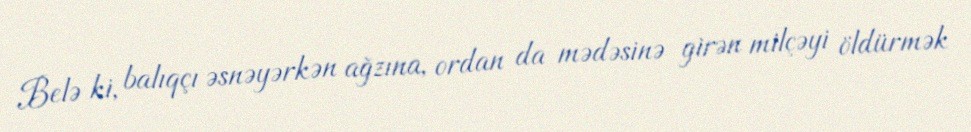
Belə ki, balıqçı əsnəyərkən ağzına, ordan da mədəsinə girən milçəyi öldürmək